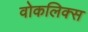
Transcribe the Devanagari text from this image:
वोकलिक्स